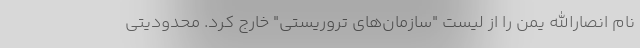
نام انصارالله یمن را از لیست "سازمان‌های تروریستی" خارج کرد. محدودیتی